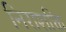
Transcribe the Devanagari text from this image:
निराशक्ति